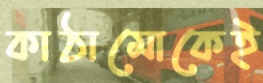
কাঠামোকেই